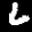
Label: 6